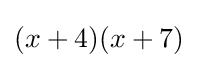
(x+4)(x+7)